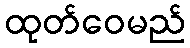
ထုတ်ဝေမည်